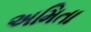
અમિતા